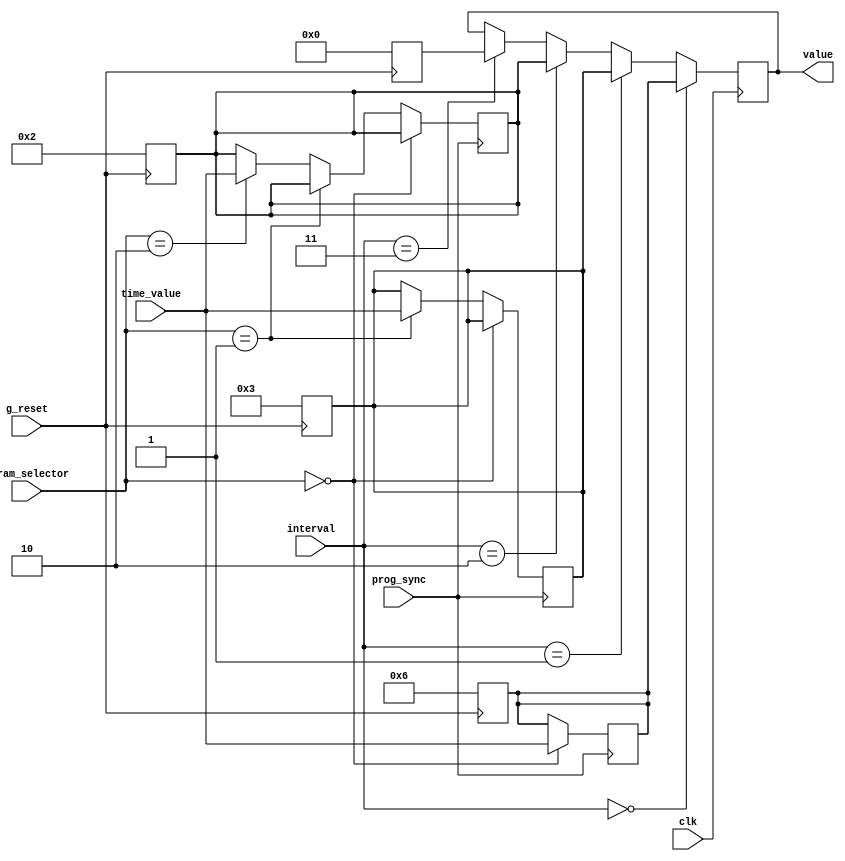
`timescale 1ns/1ps

module time_param(clk,g_reset,prog_sync,param_selector,time_value,interval,value);

	input clk,g_reset,prog_sync;
	input [1:0] param_selector;
	input [3:0] time_value;
	input [1:0] interval;
	
	output reg [3:0] value;
	
	parameter [3:0] tBase   = 4'd6;
	parameter [3:0] tExt    = 4'd3;
	parameter [3:0] tYel    = 4'd2;
    parameter [3:0] tZero   = 4'd0;
	
	reg [3:0] tBaset;
	reg [3:0] tExtt;
	reg [3:0] tYelt;
    reg [3:0] tZerot;

	always @ (negedge g_reset) begin
		tBaset  <= tBase;
		tExtt   <= tExt;
		tYelt   <= tYel;
        tZerot  <= tZero;
	end
	
	always @ (posedge prog_sync) begin
		if      (param_selector==2'b00) tBaset  = time_value;
		else if (param_selector==2'b01) tExtt   = time_value;
		else if (param_selector==2'b10) tYelt   = time_value;
	end
	
	always @ (posedge clk) begin
		if      (interval==2'b00) value = tBaset;
		else if (interval==2'b01) value = tExtt;
		else if (interval==2'b10) value = tYelt;
        else if (interval==2'b11) value = tZerot;
	end
	
	
	

endmodule